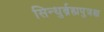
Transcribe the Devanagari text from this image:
सिन्धुर्ब्रह्मपुत्रश्च